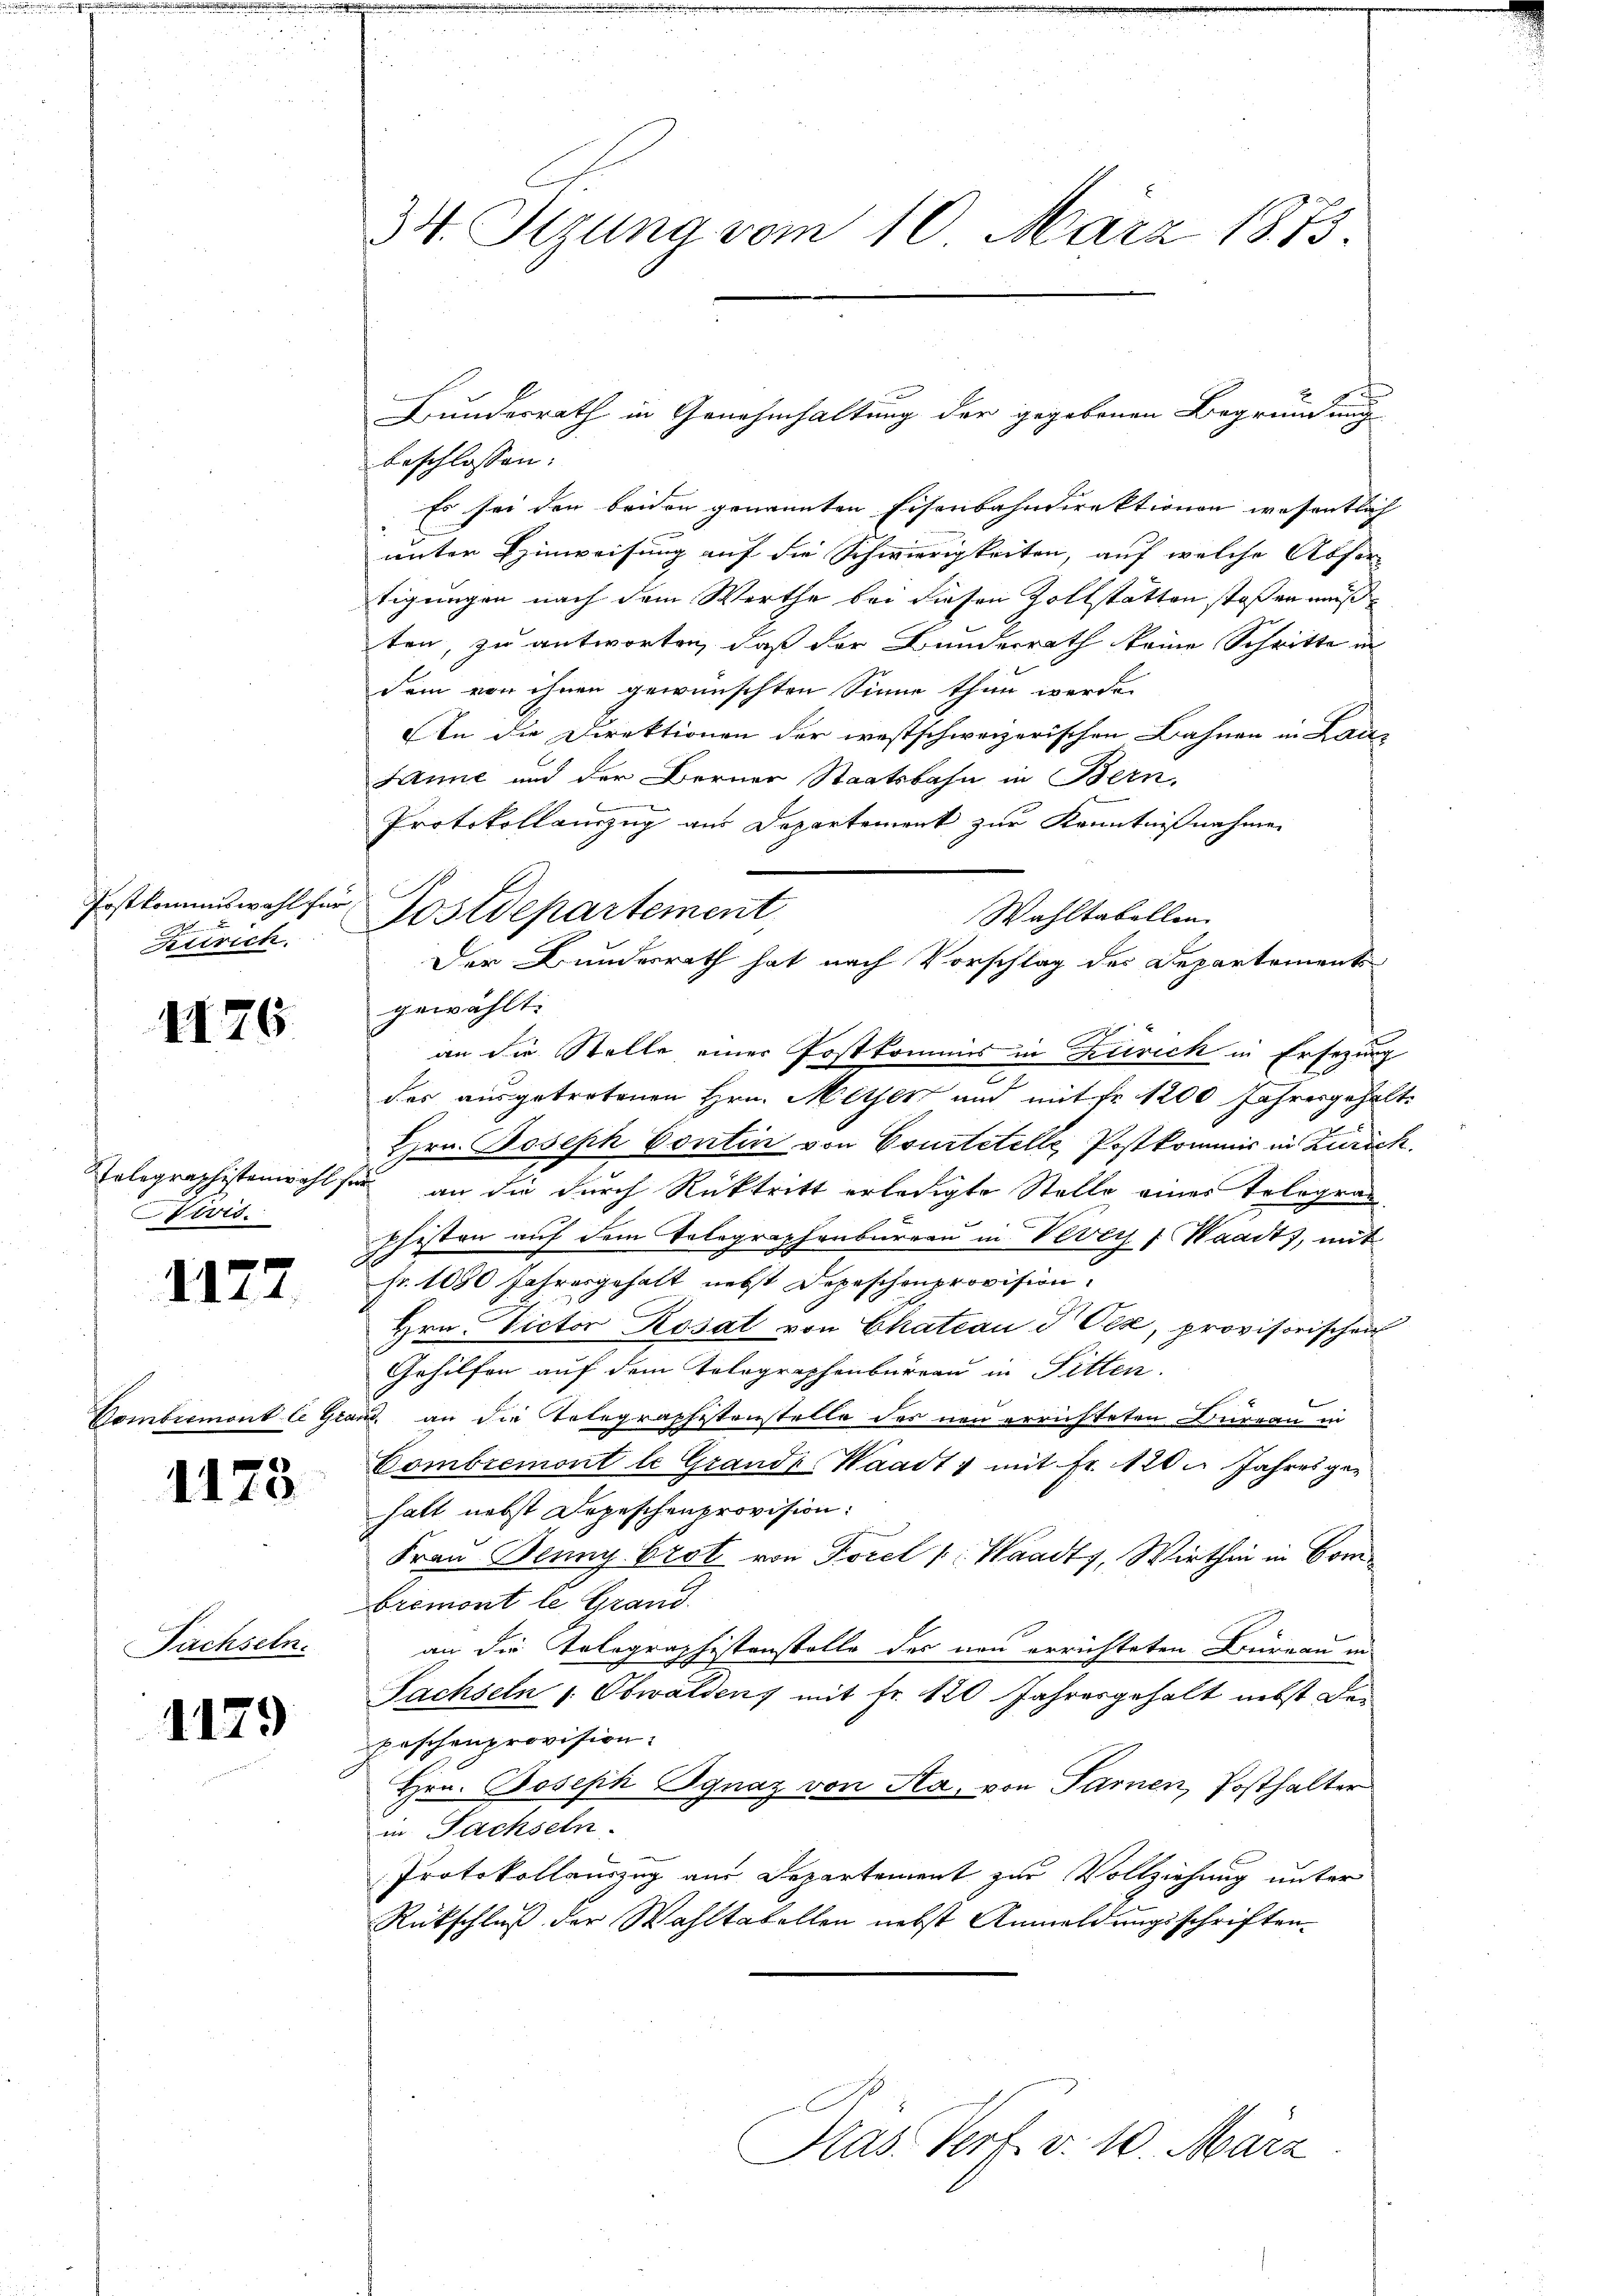
Postkommiswahl für
Zürich.

II76

Telegraphistenwohl se
Forts.

1127

Gombremont le Gra

1173

Tachseln.

1179

34. Sizung vom 10. März 1873.

beschlossen:
Es sei den beiden genannten Eisenbahndirektionen wesentlich
unter Hinweisung auf die Schwierigkeiten, auf welche Abfer-
tigungen nach dem Werthe bei diesen Zollstatten stoßen muß
ten, zu antworten, daß der Bundesrath keine Schritte in
dem von ihnen gewünschten Sinne thun werde.
An die Direktionen der westschweizerischen Bahnen in Laitz
Janne und der Berner Staatsbahn in Bern,
1
Protokollanzug aus Departement zur Kenntnißnahme
Wahltabellen.
gewählt.
an die Stelle einer Postkommis in Zürich in Ersezung
das ausgetretenen Hrn. Mither und mit Fr. 1200 Jahresgehalte
Hrn. Joseph Contin von Courtitelle Postkommis in Zürich.
an die durch Rücktritt erledigte Stelle eines Tologram
pfisten auf dem Tolographenburren in Vevey Waadt, mit
pr. 1030 Jahresgehalt nebst Depeschenprovision
Hrn. Victor Kosat von Chateau d Oex, provisorischen
Gehilfen auf dem Tolographenbureau in Pitten.
u. an die Totegraphestenstelle des neu errichteten Bureau in
Combremont le Grandr. Waadt & mit Fr. 120. Jahres gehatt nebst Depeschenprovision:
Frau Benny brot von Torel /: Waadt, Wirthin in Combremont le Grand
an die Telegraphistenstelle des neu errichteten Büreau in
Sachseln " Obwalden, mit Fr. 120 Jahresgehalt nebst der
peschenprovision.
Hrn. Joseph Ignaz von Sta, von Sarnen, Posthalter
in Fachseln.
Protokollauszug aus Departement zur Vollziehung unter
Rückschluß der Wahltabellen nebst Anmeldungsschriften¬

b
Postdepartement
Der Bundesrath hat nach Vorschlag des Departements

Bundesrath in Genehmhaltung der gegebenen Begründung

Pras. Verf. v. 10 März